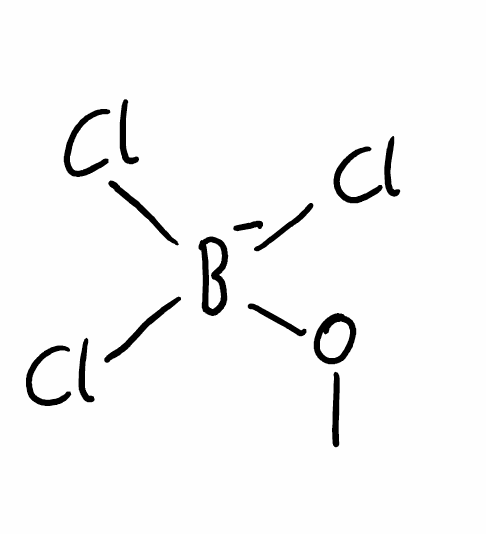
Simplified molecular-input line-entry system (SMILES) notation of the given molecule:
[B-](OC)(Cl)(Cl)Cl